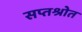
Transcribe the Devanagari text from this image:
सप्तश्रोत